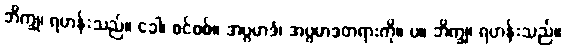
ဘိက္ခု၊ ရဟန်းသည်။ ခေါ၊ စင်စစ်။ အပ္ပမာဒံ၊ အပ္ပမာဒတရားကို။ ပ။ ဘိက္ခု၊ ရဟန်းသည်။